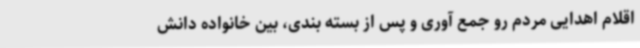
اقلام اهدایی مردم رو جمع آوری و پس از بسته بندی، بین خانواده دانش